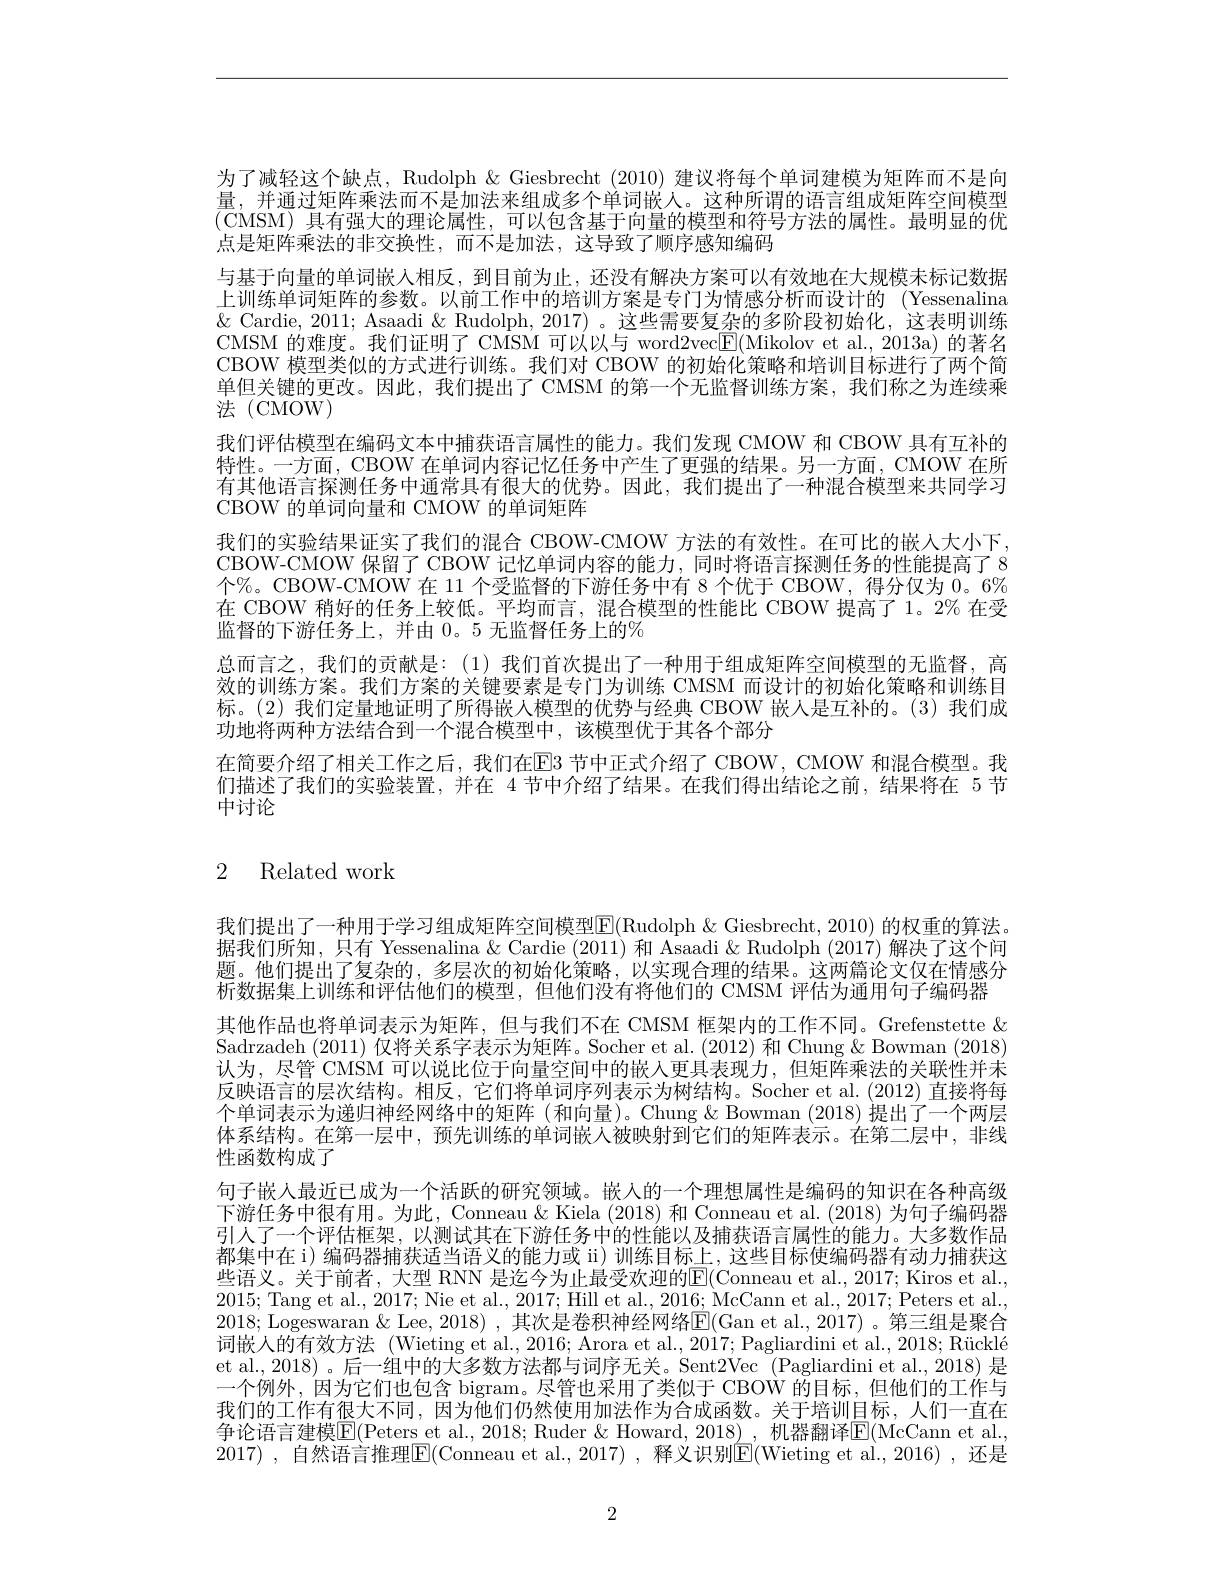
为了减轻这个缺点，Rudolph $\&$ Giesbrecht (2010) 建议将每个单词建模为矩阵而不是向量，并通过矩阵乘法而不是加法来组成多个单词嵌人。这种所谓的语言组成矩阵空间模型(CMSM) 具有强大的理论属性，可以包含基于向量的模型和符号方法的属性。最明显的优点是矩阵乘法的非交换性，而不是加法，这导致了顺序感知编码
与基于向量的单词嵌人相反，到目前为止，还没有解决方案可以有效地在大规模未标记数据上训练单词矩阵的参数。以前工作中的培训方案是专门为情感分析而设计的 (Yessenalina $\&$ Cardie, 2011; Asaadi & Rudolph, 2017) 。这些需要复杂的多阶段初始化，这表明训练CMSM 的难度。我们证明了 CMSM 可以以与 word2vec$\boxed{\mathrm{F}}($Mikolov et al., 2013a) 的著名CBOW 模型类似的方式进行训练。我们对 CBOW 的初始化策略和培训目标进行了两个简单但关键的更改。因此，我们提出了 CMSM 的第一个无监督训练方案，我们称之为连续乘法 (CMOW)
我们评估模型在编码文本中捕获语言属性的能力。我们发现 CMOW 和 CBOW 具有互补的特性。一方面，CBOW 在单词内容记忆任务中产生了更强的结果。另一方面，CMOW 在所有其他语言探测任务中通常具有很大的优势。因此，我们提出了一种混合模型来共同学习CBOW 的单词向量和 CMOW 的单词矩阵
我们的实验结果证实了我们的混合 CBOW-CMOW 方法的有效性。在可比的嵌人大小下， CBOW-CMOW 保留了 CBOW 记忆单词内容的能力，同时将语言探测任务的性能提高了8个%。CBOW-CMOW 在 11 个受监督的下游任务中有 8 个优于 CBOW, 得分仅为 0。6% 在 CBOW 稍好的任务上较低。平均而言，混合模型的性能比 CBOW 提高了 1。2% 在受监督的下游任务上，并由0。5 无监督任务上的%
总而言之，我们的贡献是：(1)我们首次提出了一种用于组成矩阵空间模型的无监督，高效的训练方案。我们方案的关键要素是专门为训练 CMSM 而设计的初始化策略和训练目标。(2) 我们定量地证明了所得嵌入模型的优势与经典 CBOW 嵌人是互补的。(3)我们成功地将两种方法结合到一个混合模型中，该模型优于其各个部分
在简要介绍了相关工作之后，我们在E3 节中正式介绍了 CBOW, CMOW 和混合模型。我们描述了我们的实验装置，并在 4 节中介绍了结果。在我们得出结论之前，结果将在 5 节中讨论

# 2 Related work

我们提出了一种用于学习组成矩阵空间模型$\operatorname{E}($Rudolph &Giesbrecht, 2010) 的权重的算法。据我们所知，只有 Yessenalina & Cardie (2011)和 Asaadi & Rudolph (2017) 解决了这个问题。他们提出了复杂的，多层次的初始化策略，以实现合理的结果。这两篇论文仅在情感分析数据集上训练和评估他们的模型，但他们没有将他们的 CMSM 评估为通用句子编码器
其他作品也将单词表示为矩阵，但与我们不在 CMSM 框架内的工作不同。Grefenstette & Sadrzadeh (2011)仅将关系字表示为矩阵。Socher et al. (2012) 和 Chung & Bowman (2018) 认为，尽管 CMSM 可以说比位于向量空间中的嵌入更具表现力，但矩阵乘法的关联性并未反映语言的层次结构。相反，它们将单词序列表示为树结构。Socher et al.(2012) 直接将每个单词表示为递归神经网络中的矩阵(和向量)。Chung & Bowman (2018) 提出了一个两层体系结构。在第一层中，预先训练的单词嵌人被映射到它们的矩阵表示。在第二层中，非线性函数构成了
句子嵌人最近已成为一个活跃的研究领域。嵌入的一个理想属性是编码的知识在各种高级下游任务中很有用。为此，Conneau & Kiela (2018) 和 Conneau et al. (2018) 为句子编码器引人了一个评估框架，以测试其在下游任务中的性能以及捕获语言属性的能力。大多数作品都集中在 i) 编码器捕获适当语义的能力或 ii) 训练目标上，这些目标使编码器有动力捕获这些语义。关于前者，大型 RNN 是迄今为止最受欢迎的E(Conneau et al., 2017; Kiros et al., 2015; Tang et al., 2017; Nie et al., 2017; Hill et al., 2016; McCann et al., 2017; Peters et al., 2018; Logeswaran & Lee, 2018) ,其次是卷积神经网络E(Gan et al., 2017) 。第三组是聚合词嵌人的有效方法 (Wieting et al., 2016; Arora et al., 2017; Pagliardini et al., 2018; Rücklé et al., 2018) 。后一组中的大多数方法都与词序无关。Sent2Vec (Pagliardini et al., 2018) 是一个例外，因为它们也包含 bigram。尽管也采用了类似于 CBOW 的目标，但他们的工作与我们的工作有很大不同，因为他们仍然使用加法作为合成函数。关于培训目标，人们一直在争论语言建模$\overline{\mathbb{E}}($Peters et al., 2018; Ruder& Howard, 2018) , 机器翻译$\mathbb{E}($McCann et al. 2017) ,自然语言推理$\boxed{\mathrm{E}}($Conneau et al.,2017) , 释义识别E(Wieting et al.,2016) ,还是

2